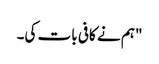
"ہم نے کافی بات کی۔